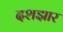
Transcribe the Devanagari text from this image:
दशझार